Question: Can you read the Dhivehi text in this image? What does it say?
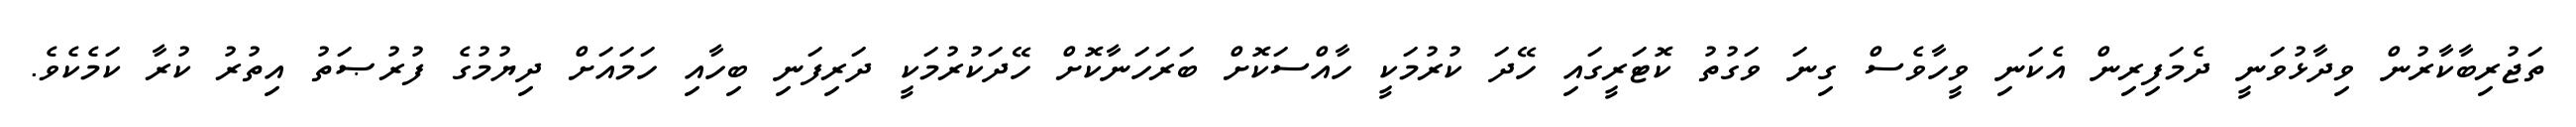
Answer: ތަޖުރިބާކާރުން ވިދާޅުވަނީ ދެމަފިރިން އެކަނި ވީހާވެސް ގިނަ ވަގުތު ކޮޓަރީގައި ހޭދަ ކުރުމަކީ ހާއްސަކޮށް ބަރަހަނާކޮށް ހޭދަކުރުމަކީ ދަރިފަނި ބިހާއި ހަމައަށް ދިޔުމުގެ ފުރުޞަތު އިތުރު ކުރާ ކަމެކެވެ.